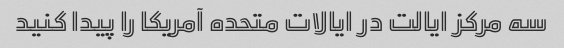
سه مرکز ایالت در ایالات متحده آمریکا را پیدا کنید